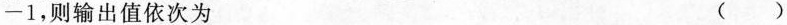
-1，则输出值依次为 ( )